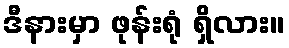
ဒီနားမှာ ဖုန်းရုံ ရှိလား။